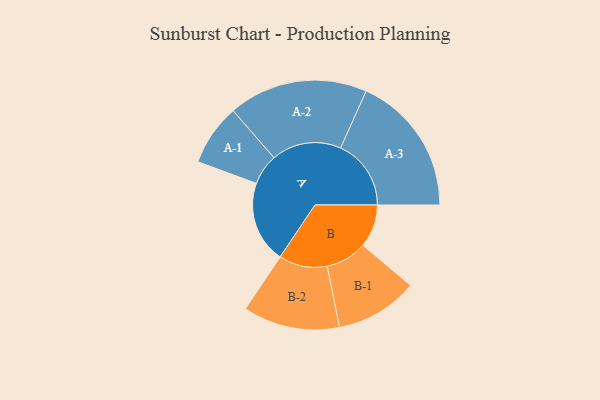
{"axis": {"x": "Segment", "y": "Value"}, "legend": ["", "A", "B"], "data": [{"x": "A", "y": 311, "type": ""}, {"x": "B", "y": 163, "type": ""}, {"x": "A-1", "y": 117, "type": "A"}, {"x": "A-2", "y": 265, "type": "A"}, {"x": "A-3", "y": 268, "type": "A"}, {"x": "B-1", "y": 157, "type": "B"}, {"x": "B-2", "y": 184, "type": "B"}]}